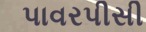
પાવરપીસી